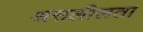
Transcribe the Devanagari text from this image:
असलीलता